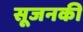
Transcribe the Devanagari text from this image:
सूजनकी